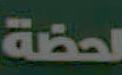
لحضة